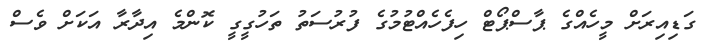
ގަޑިއިރަށް މީހެއްގެ ޕާސްޕޯޓް ހިފެހެއްޓުމުގެ ފުރުސަތު ތަހުގީގީ ކޮންމެ އިދާރާ އަކަށް ވެސް